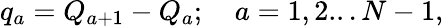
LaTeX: q_{a}=Q_{a+1}-Q_{a};\quad a={1,2...N-1},